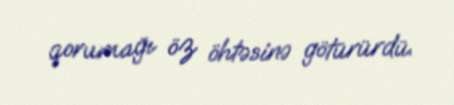
qorumağı öz öhtəsinə götürürdü.